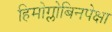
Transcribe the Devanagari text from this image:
हिमोग्लोबिनपेक्षा